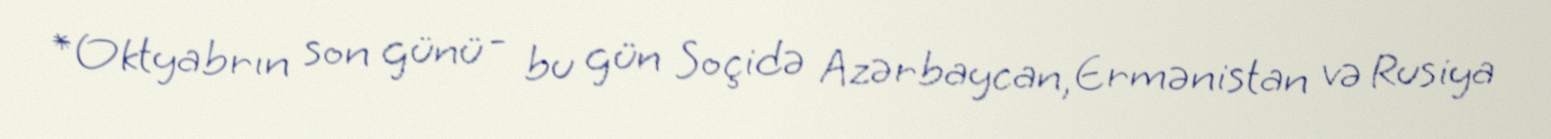
*Oktyabrın son günü - bu gün Soçidə Azərbaycan, Ermənistan və Rusiya